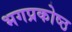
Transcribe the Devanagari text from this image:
भगप्रकोष्ठ